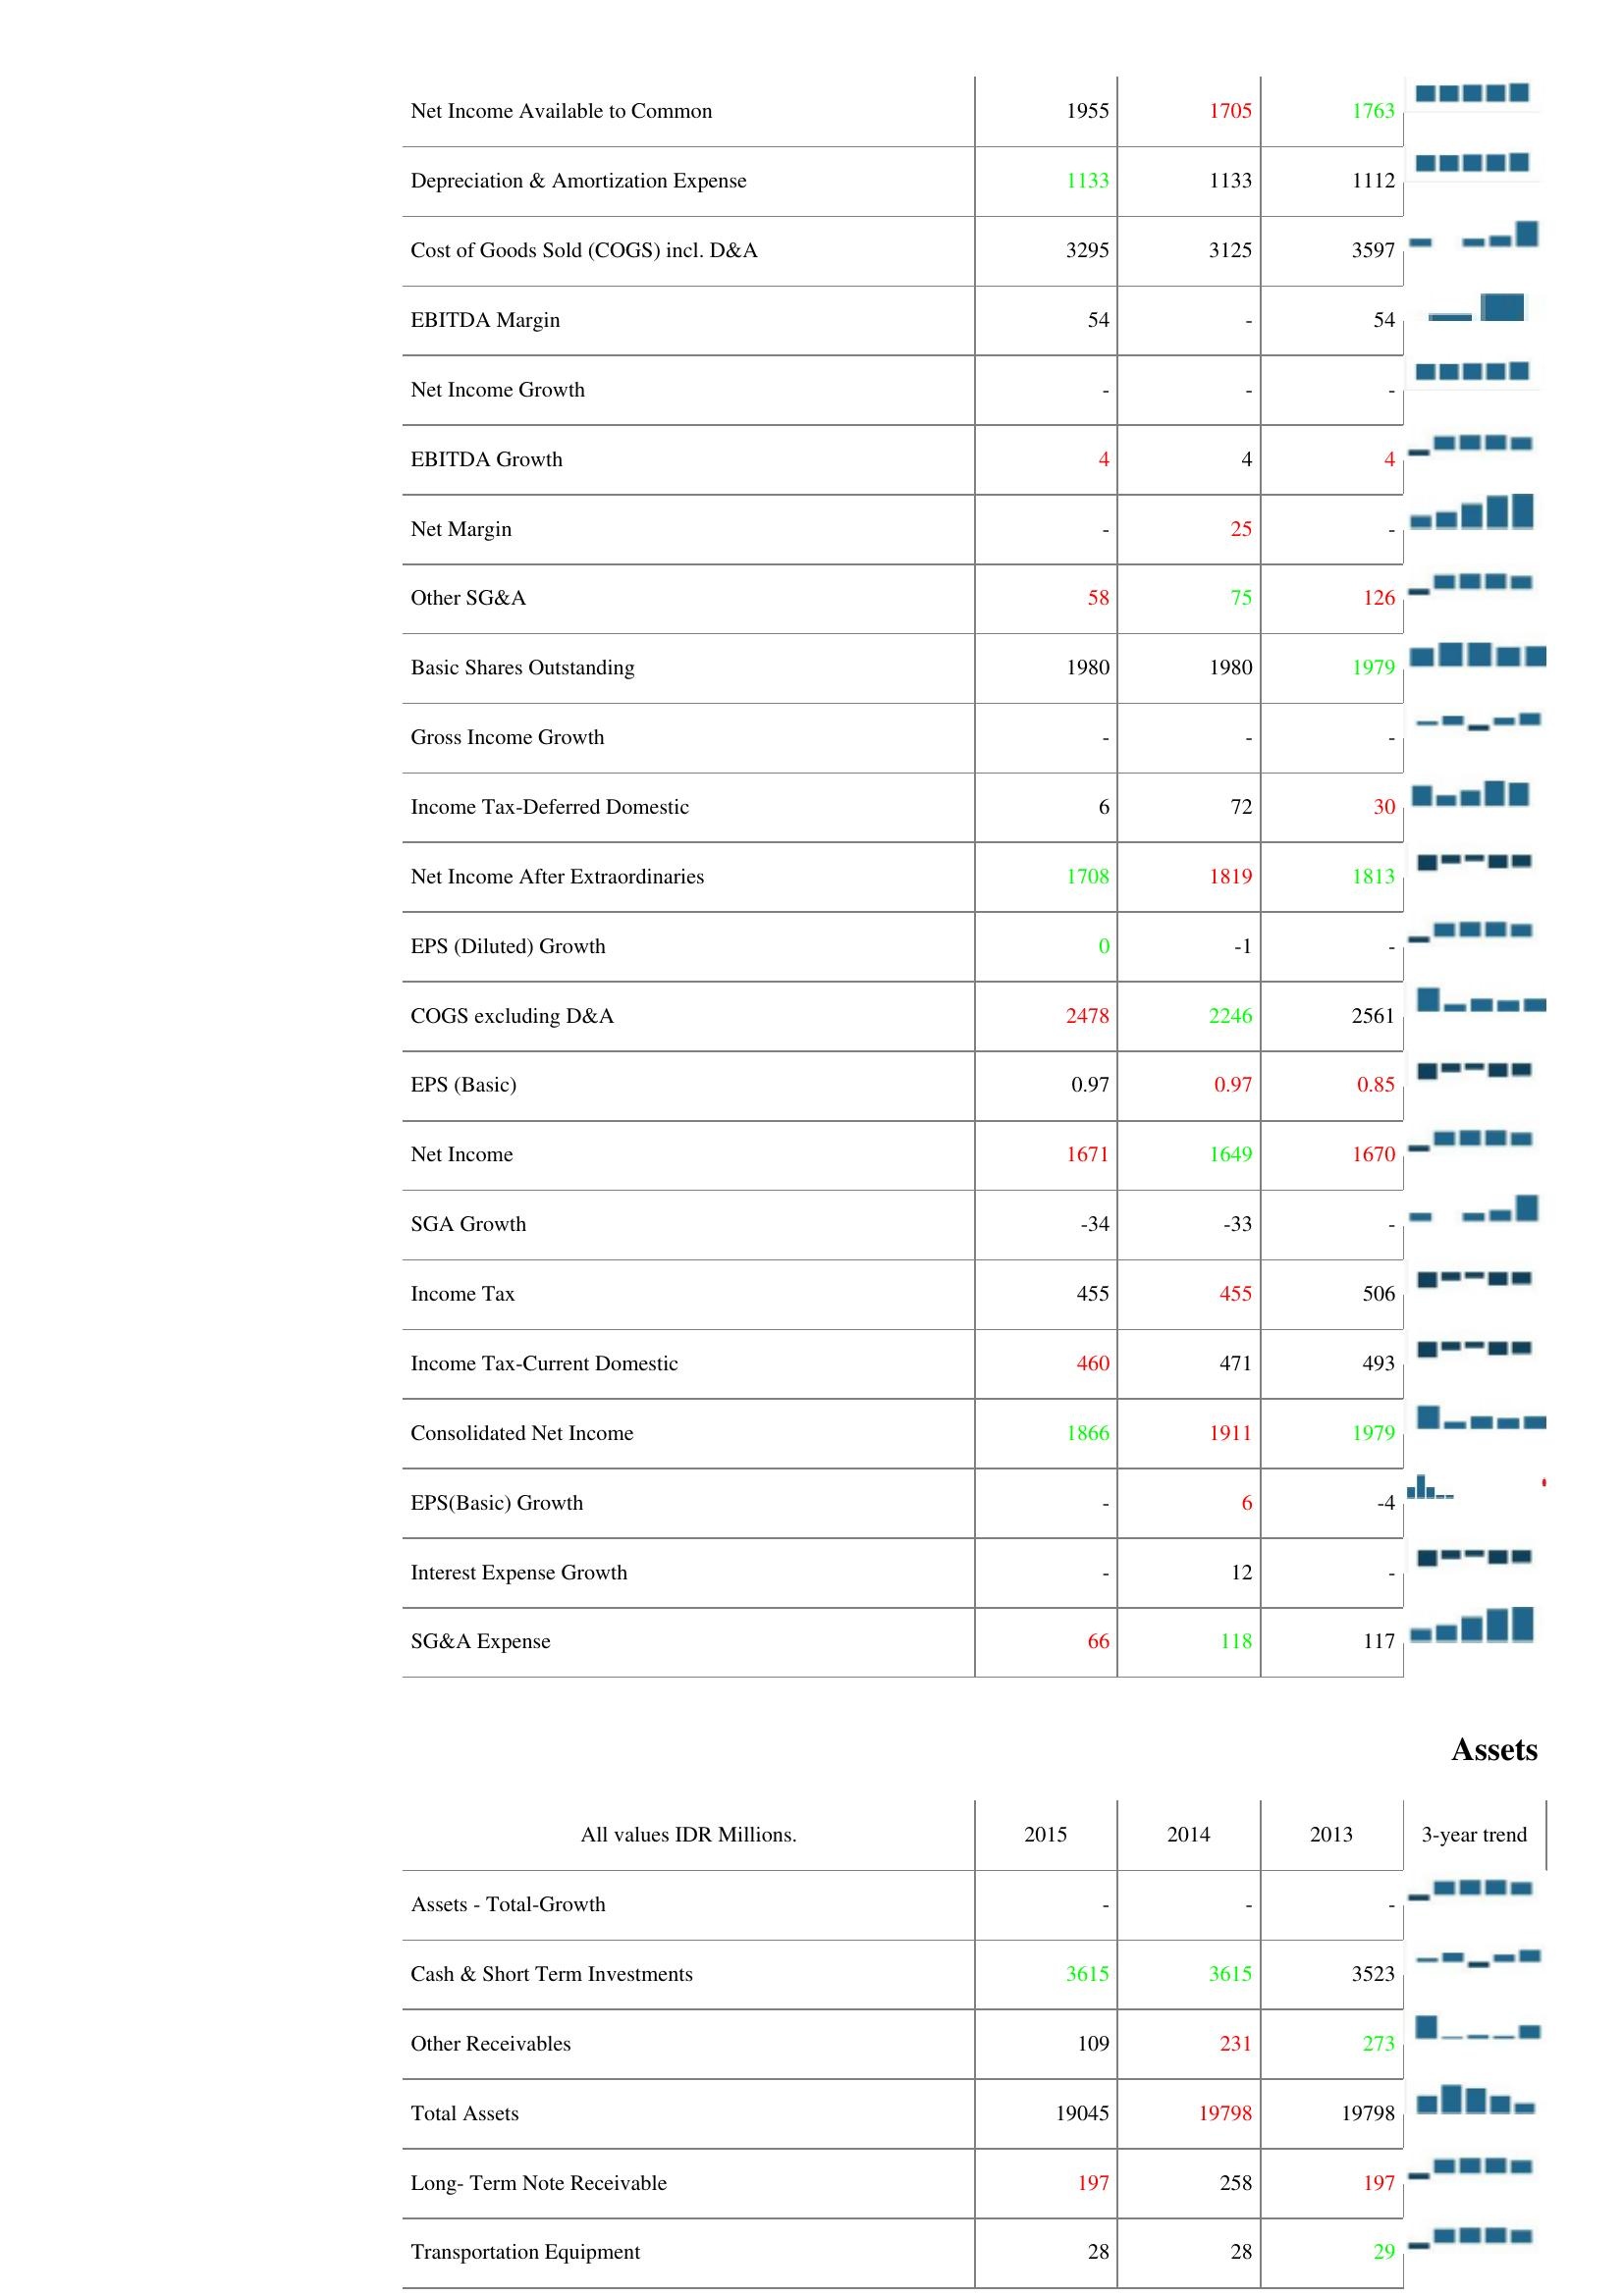
2015: : Net Income Available to Common: 1955
Depreciation & Amortization Expense: 1133
Cost of Goods Sold (COGS) incl. D&A: 3295
EBITDA Margin: 54
Net Income Growth: -
EBITDA Growth: 4
Net Margin: -
Other SG&A: 58
Basic Shares Outstanding: 1980
Gross Income Growth: -
Income Tax-Deferred Domestic: 6
Net Income After Extraordinaries: 1708
EPS (Diluted) Growth: 0
COGS excluding D&A: 2478
EPS (Basic): 0.97
Net Income: 1671
SGA Growth: -34
Income Tax: 455
Income Tax-Current Domestic: 460
Consolidated Net Income: 1866
EPS(Basic) Growth: -
Interest Expense Growth: -
SG&A Expense: 66
Assets: Assets - Total-Growth: -
Cash & Short Term Investments: 3615
Other Receivables: 109
Total Assets: 19045
Long- Term Note Receivable: 197
Transportation Equipment: 28
2014: : Net Income Available to Common: 1705
Depreciation & Amortization Expense: 1133
Cost of Goods Sold (COGS) incl. D&A: 3125
EBITDA Margin: -
Net Income Growth: -
EBITDA Growth: 4
Net Margin: 25
Other SG&A: 75
Basic Shares Outstanding: 1980
Gross Income Growth: -
Income Tax-Deferred Domestic: 72
Net Income After Extraordinaries: 1819
EPS (Diluted) Growth: -1
COGS excluding D&A: 2246
EPS (Basic): 0.97
Net Income: 1649
SGA Growth: -33
Income Tax: 455
Income Tax-Current Domestic: 471
Consolidated Net Income: 1911
EPS(Basic) Growth: 6
Interest Expense Growth: 12
SG&A Expense: 118
Assets: Assets - Total-Growth: -
Cash & Short Term Investments: 3615
Other Receivables: 231
Total Assets: 19798
Long- Term Note Receivable: 258
Transportation Equipment: 28
2013: : Net Income Available to Common: 1763
Depreciation & Amortization Expense: 1112
Cost of Goods Sold (COGS) incl. D&A: 3597
EBITDA Margin: 54
Net Income Growth: -
EBITDA Growth: 4
Net Margin: -
Other SG&A: 126
Basic Shares Outstanding: 1979
Gross Income Growth: -
Income Tax-Deferred Domestic: 30
Net Income After Extraordinaries: 1813
EPS (Diluted) Growth: -
COGS excluding D&A: 2561
EPS (Basic): 0.85
Net Income: 1670
SGA Growth: -
Income Tax: 506
Income Tax-Current Domestic: 493
Consolidated Net Income: 1979
EPS(Basic) Growth: -4
Interest Expense Growth: -
SG&A Expense: 117
Assets: Assets - Total-Growth: -
Cash & Short Term Investments: 3523
Other Receivables: 273
Total Assets: 19798
Long- Term Note Receivable: 197
Transportation Equipment: 29